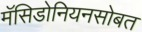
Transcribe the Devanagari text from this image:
मॅसिडोनियनसोबत